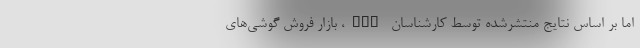
اما بر اساس نتایج منتشرشده توسط کارشناسان IDC، بازار فروش گوشی‌های